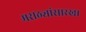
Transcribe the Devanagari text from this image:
मराठ्यांसारखा